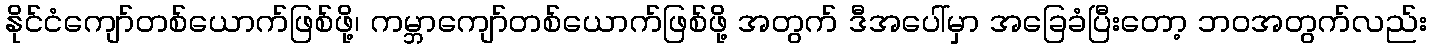
နိုင်ငံကျော်တစ်ယောက်ဖြစ်ဖို့၊ ကမ္ဘာကျော်တစ်ယောက်ဖြစ်ဖို့ အတွက် ဒီအပေါ်မှာ အခြေခံပြီးတော့ ဘဝအတွက်လည်း